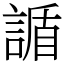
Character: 䛻